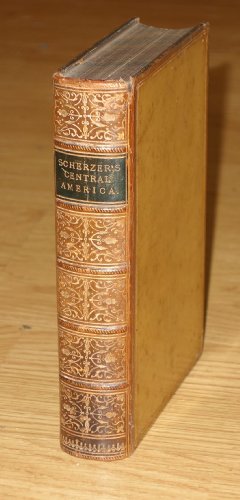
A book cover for Travels in the free States of Central America: Nicaragua, Honduras, and San Salvador; Karl Scherzer; Travel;